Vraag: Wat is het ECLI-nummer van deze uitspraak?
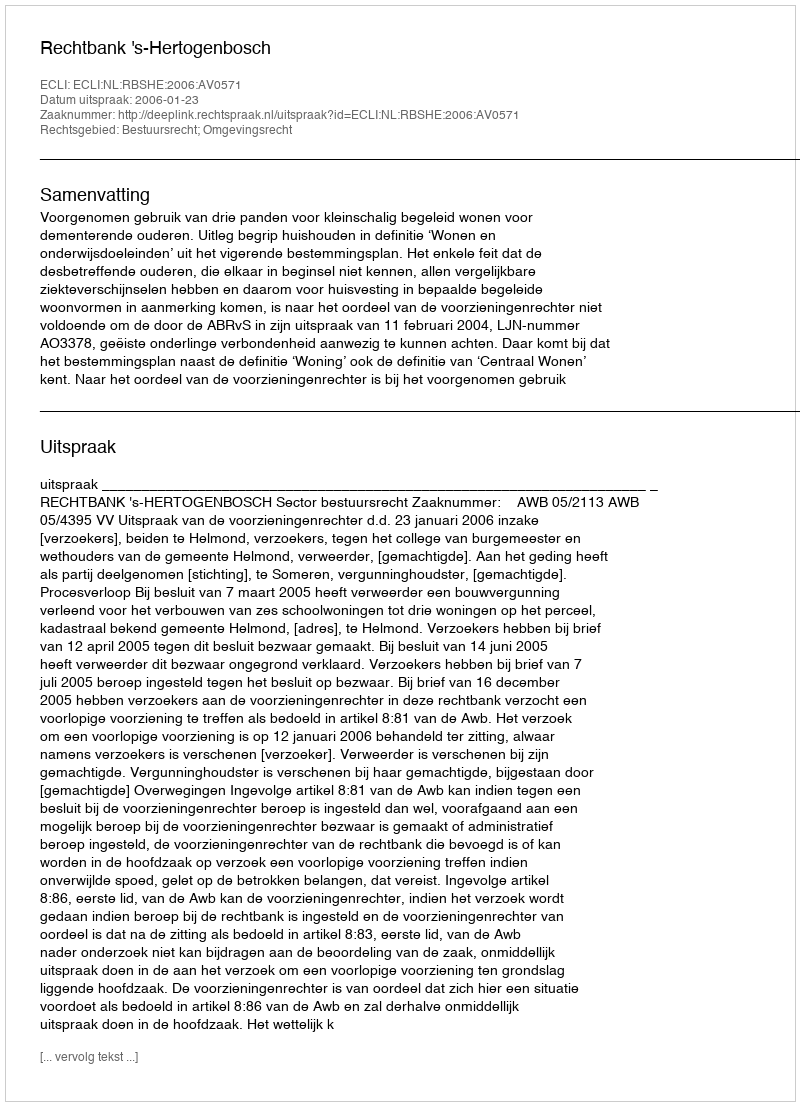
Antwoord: ECLI:NL:RBSHE:2006:AV0571